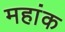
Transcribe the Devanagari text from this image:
महांक